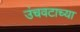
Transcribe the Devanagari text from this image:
उंचवटाच्या